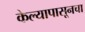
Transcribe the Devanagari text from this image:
केल्यापासूनचा